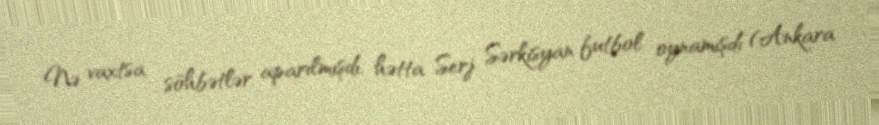
Nə vaxtsa söhbətlər aparılmışdı, hətta Serj Sərkisyan futbol oynamışdı (Ankara